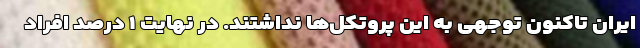
ایران تاکنون توجهی به این پروتکل­ها نداشتند. در نهایت ۱ درصد افراد